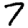
Digit: 7